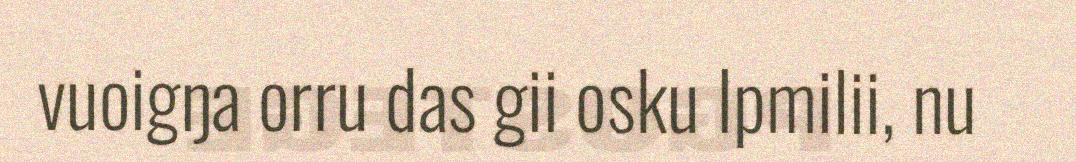
vuoigŋa orru das gii osku Ipmilii, nu